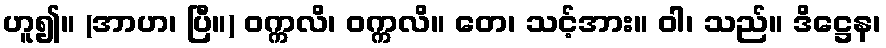
ဟူ၍။ (အာဟ၊ ပြီ။) ဝက္ကလိ၊ ဝက္ကလိ။ တေ၊ သင့်အား။ ဝါ၊ သည်။ ဒိဋ္ဌေန၊